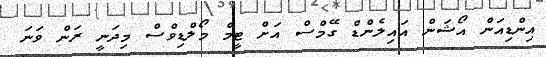
އިންޑިއަން އޯޝަން އައިލެންޑް ގޭމްސް އަށް ޓީމް މޯލްޑިވްސް މިދަނީ ރަން ވަނަ